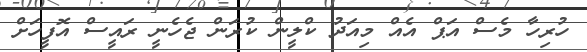
ހުރިހާ މެސް އަޕް އެއް މިއަދު ކްލީން ކުރަން ޖެހެނީ ރައީސް އޮފީހަށް